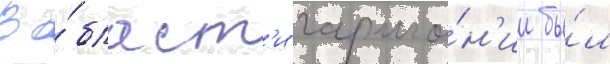
В о́бласт'и гармо́н'ии бы́л